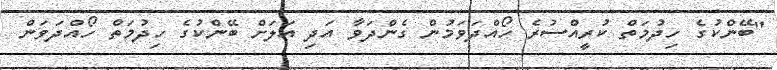
"ބޭންކުގެ ހިދުމަތް ކުރީއްސުރެ ހޯއްދަވަމުން ގެންދަވާ އަދި އަލަށް ބޭންކުގެ ހިދުމަތް ހޯއްދަވަން